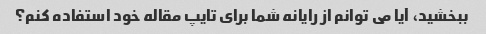
ببخشید، آیا می توانم از رایانه شما برای تایپ مقاله خود استفاده کنم؟